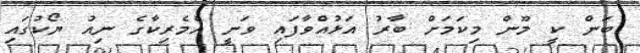
ބަން ކީ މޫން މިކަމަށް ބާރު އަޅުއްވާފައި ވަނީ އެމެރިކާގެ ނިއު ޔޯކުގައި